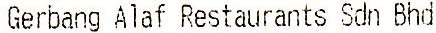
GERBANG ALAF RESTAURANTS SDN BHD